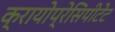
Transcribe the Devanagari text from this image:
क्रायोप्रेसिपीटेट